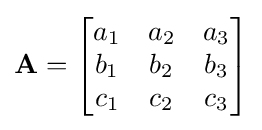
\mathbf {A} ={\begin{bmatrix}a_{1}&a_{2}&a_{3}\\b_{1}&b_{2}&b_{3}\\c_{1}&c_{2}&c_{3}\end{bmatrix}}